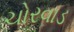
ચોરવાડ